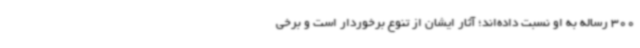
300 رساله به او نسبت داده‌اند؛ آثار ایشان از تنوع برخوردار است و برخی